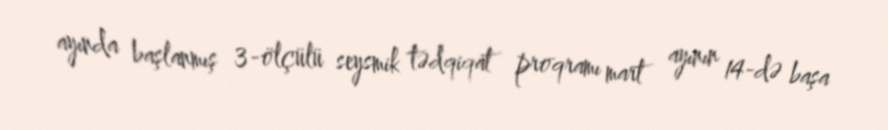
ayında başlanmış 3-ölçülü seysmik tədqiqat proqramı mart ayının 14-də başa